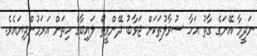
ނަދީމާ އޭނަގެ ގާތު އަހާ ސުވާލުތަކަށް ޖަވާބު ދޭންވީތޯ ލައިބާގެ ހިތަށް އަރަމުންދިޔައެވެ.